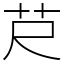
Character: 𦬨